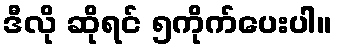
ဒီလို ဆိုရင် ၅ကိုက်ပေးပါ။